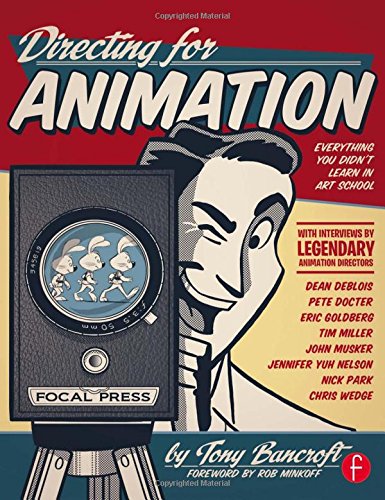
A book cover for Directing for Animation: Everything You Didn't Learn in Art School; Tony Bancroft; Arts & Photography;